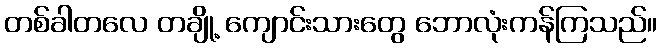
တစ်ခါတလေ တချို့ ကျောင်းသားတွေ ဘောလုံးကန်ကြသည်။